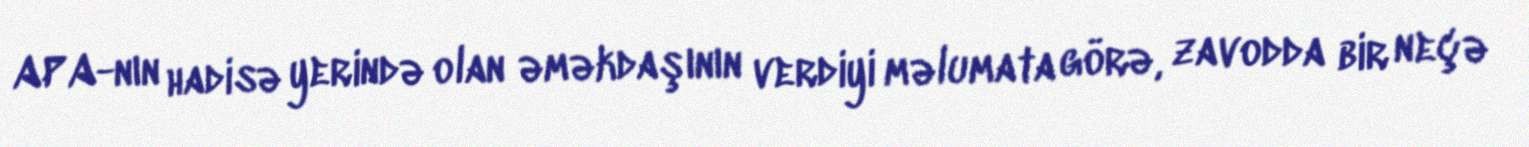
APA-nın hadisə yerində olan əməkdaşının verdiyi məlumata görə, zavodda bir neçə